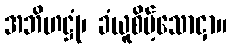
အဘိဟဋ္ဌုံ၊ ခံယူစိမ့်သောငှာ။